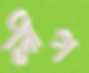
লীগ